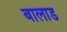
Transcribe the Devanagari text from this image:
बालाड